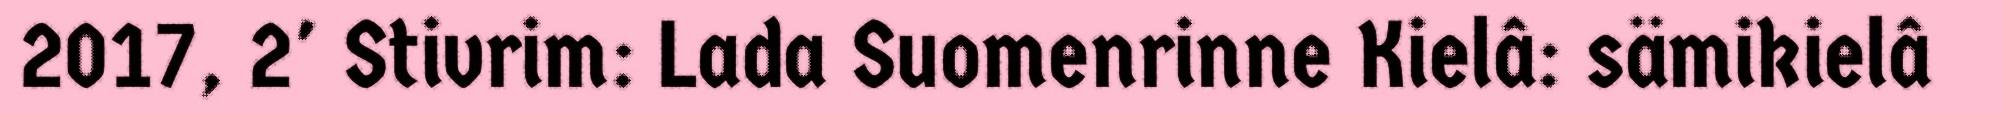
2017, 2' Stivrim: Lada Suomenrinne Kielâ: sämikielâ